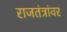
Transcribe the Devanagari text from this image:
राजतंत्रांवर